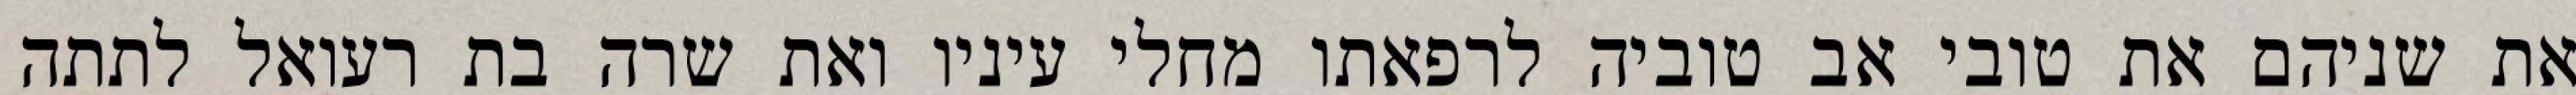
את שניהם את טובי אב טוביה לרפאתו מחלי עיניו ואת שרה בת רעואל לתתה